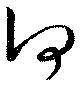
何